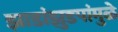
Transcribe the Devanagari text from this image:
झाडांझुडपांमुळे